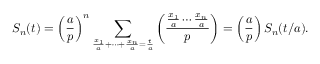
S _ { n } ( t ) = \left( { \frac { a } { p } } \right) ^ { n } \sum _ { { \frac { x _ { 1 } } { a } } + \cdots + { \frac { x _ { n } } { a } } = { \frac { t } { a } } } \left( { \frac { { \frac { x _ { 1 } } { a } } \cdots { \frac { x _ { n } } { a } } } { p } } \right) = \left( { \frac { a } { p } } \right) S _ { n } ( t / a ) .